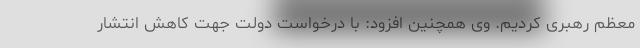
معظم رهبری کردیم. وی همچنین افزود: با درخواست دولت جهت کاهش انتشار